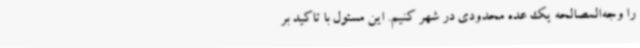
را وجه‌المصالحه یک عده محدودی در شهر کنیم. این مسئول با تاکید بر